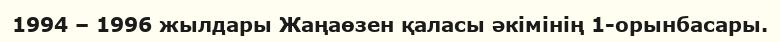
1994 – 1996 жылдары Жаңаөзен қаласы әкімінің 1-орынбасары.